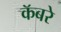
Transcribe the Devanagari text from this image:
कॅबरे